Vaccination in Burma 1889-1999 - 1889-1999
Year: 1889
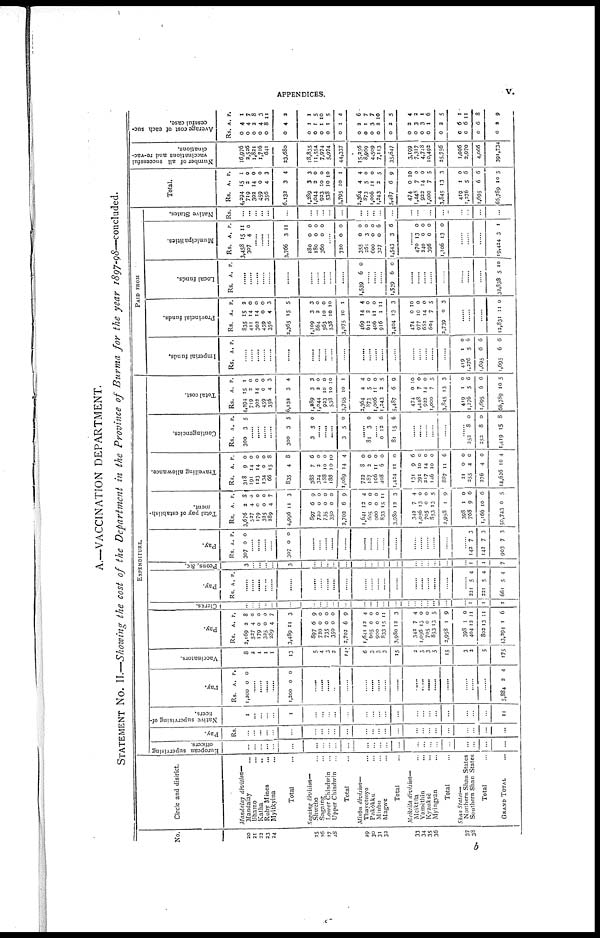
APPENDICES.
v.
A.—VACCINATION DEPARTMENT.
STATEMENT No. II.—Showing the cost of the Department in the Province of Burma for the year 1897-98—concluded.
No.
20
21
22
23
24
25
26
27
28
29
30
31
32
33
34
35
36
37
38
Circle and district.
Mandalay
division—
Mandalay ...
Bhamo ...
Katha ...
Ruby Mines ...
Myitkyina ...
Total ...
Sagaing division—
Shwebo ...
Sagaing ...
Lower Chindwin ...
Upper Chindwin ...
Total ...
Minbu division—
Thayetmyo ...
Pakôkku ...
Minbu ...
Magwe ...
Total ...
Meiktila division—
Meiktila ...
Yamèthin
...
Kyauksè ...
Myingyan ...
Total ...
Shan States—
Northern Shan States
Southern Shan States
Total ...
GRAND TOTAL ...
EXPENDITURE.
European supervising
officers.
...
...
...
...
...
...
...
...
...
...
...
...
...
...
...
...
...
...
...
...
...
...
...
...
...
Pay.
Rs.
...
...
...
...
...
...
...
...
...
...
...
...
...
...
...
...
...
...
...
...
...
...
...
...
...
Native supervising of-
ficers.
1
...
...
...
...
1
...
...
...
...
...
...
...
...
...
...
...
...
...
...
...
...
...
...
11
Pay.
Rs.
1,200
A.
0
P.
0
......
......
......
......
1,200 0 0
......
......
......
......
......
......
......
......
......
......
......
......
......
......
......
......
......
5,884 2 4
Vaccinators.
8
2
1
1
1
13
5
4
3
2
14
6
3
3
3
15
2
5
3
5
15
3
2
5
175
Pay.
Rs.
2,169
527
179
325
289
3,489
897
720
735
350
2,702
1,641
605
900
833
3,980
342
1,056
705
853
2,958
398
404
802
43,294
A.
2
4
0
0
4
11
6
0
0
0
6
12
0
0
15
12
7
13
0
13
1
1
12
13
1
P.
8
0
0
0
7
3
9
0
0
0
9
4
0
0
11
3
4
0
0
5
9
0
11
11
6
Clerks.
...
...
...
...
...
...
...
...
...
...
...
...
...
...
...
...
...
...
...
...
...
... 1
1
2
Pay.
Rs. A. P.
......
......
......
......
......
......
......
......
......
......
......
......
......
......
......
......
......
......
......
......
......
...... 221
221
661
5
5
5
4
4
4
Peons, &c.
3
...
...
...
...
3
...
...
...
...
...
...
...
...
...
...
...
...
...
...
...
... 1
1
7
Pay.
Rs.
307
A.
0
p.
0
......
......
......
......
307 0 0
......
......
......
......
......
......
......
......
......
......
......
......
......
......
......
...... 142
142
903
7
7
7
3
3
3
Total pay of establish-
ment.
Rs.
3,676
527
179
325
289
4,996
897
720
735
350
2,702
1,641
605
900
833
3,930
342
1,056
705
853
2,958
398
768
1,166
50,743
A.
2
4
0
0
4
11
6
0
0
0
6
12
0
0
15
12
7
13
0
13
1
1
9
10
0
P.
8
0
0
0
7
3
9
0
0
0
9
4
0
0
11
3
4
0
0
5
9
0
6
6
5
Travelling allowance.
Rs.
318
191
123
134
66
835
388
324
188
188
1,089
722
187
106
408
1,424
131
391
217
146
887
21
255
276
14,626
A.
9
14
14
0
15
4
7
2
10
10
14
8
2
11
6
11
9
10
14
10
11
0
4
4
10
P.
0
0
0
0
8
8
6
0
0
10
4
0
0
0
0
0
6
0
0
0
6
0
0
0
4
Contingencies.
Rs.
300
A.
3
P.
5
......
......
......
......
300
3
3
5
5
0
......
......
......
3
5 0
...... 81 3 0
...... 0
81
12
15
6
6
......
......
......
......
......
...... 252
252
1,419
8
8
15
0
0
8
Total cost.
Rs.
4,294
719
302
459 356
6,132
1,289
1,044
923
538
3,795
2,364
873
1,006
1,243
5,487
474
1,448
922
1,000
3,845
419
1,276
1,695
66,789
A.
15
2
14
0
4
3
3
2
10
10
10
4
5
11
2
6
0
7
14
7
13
1
5
6
10
P.
1
0
0
0
3
4
3
0
0
10
1
4
0
0
5
9
10
0
0
5
3
0
6
6
5
PAID FROM
Imperial funds.
Rs. A. P.
......
......
......
......
......
......
......
......
......
......
......
......
......
......
......
......
......
......
......
......
......
419
1,276
1,695
1,695
1
5
6
6
0
6
6
6
Provincial funds.
Rs.
835
411
302
459
356
2,365
1,109
864
563
538
3,075
469
612
406
916
2,404
474
977
682
604
2,739
A.
15
14
14
0
4
15
3
2
10
10
10
14
2
11
1
13
0
10
14
7
0
P.
2
0
0
0 3
5
3
0
0
10
1
4
0
0
11
3
10
0
0
5
3
......
......
......
12,831 11 0
Local funds.
Rs. A. P.
......
......
......
......
......
......
......
......
......
......
......
1,539 6 0
......
......
......
1,539 6 0
......
......
......
......
......
......
......
......
32,838 5 10
Municipalities.
Rs.
3,458
307
A.
15
4
P.
11
0
......
......
......
3,766
180
180
360
3
0
0
0
11
0
0
0
......
720
355
261
600
327
1,543
0
0
3
0
0
3
0
0
0
0
6
6
...... 470
240
396
1,106
13
0
0
13
0
0
0
0
......
......
......
19,424 3 1
Native States.
Rs.
...
...
...
...
...
...
...
...
...
...
...
...
...
...
...
...
...
...
...
...
...
...
...
...
...
Total.
Rs.
4,294
719
302
459
356
6,132
1,289
1,044
923
538
3,795
2,364
873
1,006
1,243
5,487
474
1,448
922
1,000
3,845
419
1,276
1,695
65,789
A.
15
2
14
0
4
3
3
2
10
10
10
4
5
11
2
6
0
7
14
7
13
1
5
6
10
P.
1
0
0
0
3
4
3
0
0
10
1
4
0
0
5
9
10
0
0
5
3
0
6
6
5
Number of all successful
vaccinations and re-vac-
cinations.
16,976
2,526
1,821
1,716
641
23,680
18,835
11,554
7,974
5,974
44,337
15,256
8,969
4,509
7,113
35,847
3,199
7,317
4,748
10,492
25,756
1,096
2,970
4,066
391,734
Average cost of each suc-
cessful case.
Rs.
0
0
0
0
0
0
0
0
0
0
0
0
0
0
0
0
0
0
0
0
0
0
0
0
0
A.
4
4
2
4
8
4
1
1
1
1
1
2
1
3
2
2
2
3
3
1
2
6
6
6
2
P.
1
7
8
3
11
2
1
5
10
5
4
6
7
7
10
5
4
2
1
6
5
1
11
8
9
b